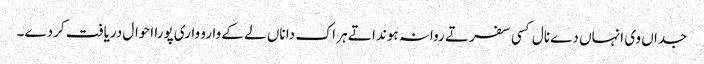
جداں وی انہاں دے نال کسی سفر تے روانہ ہوندا تے ہر اک دا ناں لے کے وارو واری پورا احوال دریافت کردے۔